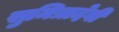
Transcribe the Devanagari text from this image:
सुमित्रादेवी